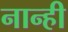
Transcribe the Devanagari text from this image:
नान्ही